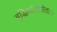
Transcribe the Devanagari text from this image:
बुद्धिर्व्यवसिता।।